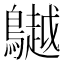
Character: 𪆧